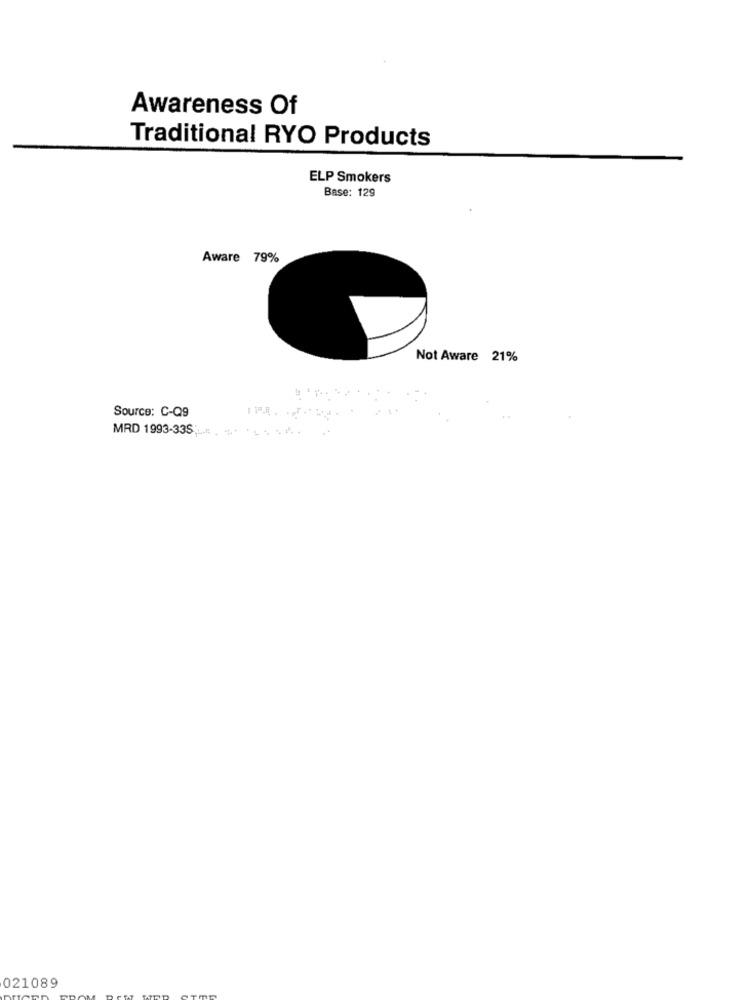
Awareness Of
Traditional RYO Products
ELP Smokers
Base: 129
Aware 79%
Not Aware 21%
Source: C-Q9
MRD 1993-335;L.#: .
021089